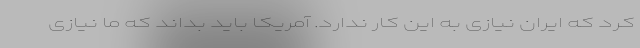
کرد که ایران نیازی به این کار ندارد. آمریکا باید بداند که ما نیازی